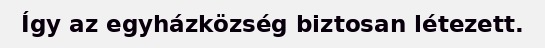
Így az egyházközség biztosan létezett.